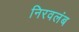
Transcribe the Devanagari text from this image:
निरवलंब